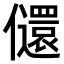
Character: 𫤇